system: You are a helpful assistant.
user:
Analyze the provided spectrum to determine if it is a **"Cataclysmic Variables (CV)"**.

- **Key Indicators for CV (Check for either state):**
    - **State 1: Quiescent / Low-State (Emission-Dominated)**
        - **(Primary):** Strong and *very broad* Hydrogen Balmer emission lines (e.g., $H\alpha$ at 6563 Å, $H\beta$ at 4861 Å). The 'broadness' (high velocity dispersion, often FWHM > 1000 km/s) is the key diagnostic, indicating a high-velocity accretion disk.
        - **(Secondary):** Broad neutral Helium (He I) emission lines (e.g., 5876 Å, 6678 Å).
        - **(Key Confirmation):** Presence of high-excitation *ionized* Helium (He II) emission at 4686 Å. This is a strong indicator of accretion onto a white dwarf.
        - **(Line Profile):** Emission lines may exhibit a 'double-peaked' profile, which is a classic signature of a rotating accretion disk viewed at high inclination.

    - **State 2: Outburst / High-State (Absorption-Dominated)**
        - **(Primary):** Spectrum is dominated by a bright, blue continuum (looks like a hot star).
        - **(Secondary):** The emission lines from State 1 are weak, absent, or 'filled in', and are replaced by broad, shallow *absorption* lines (primarily Balmer and He I).
        - **(Morphology):** The overall spectrum mimics a hot B/A-type star. The crucial difference is that the absorption lines are significantly broader, shallower, and more 'washed-out' (or 'smeared') than the sharp lines of a normal stellar photosphere, due to high rotational speeds and pressure broadening in the disk.

Think first, call **spectral_visualization_tool** if needed to examine features in detail, then provide your final answer. Your response must adhere to the following strict rules:
1.  **Overall Structure:** Your response must follow the format `<think>...</think> <tool_call>...</tool_call> (if a tool is used) <answer>...</answer>`.
2.  **Tool Usage Constraint:** You may only make **one** tool call per turn.
3.  **Final Answer Format:** In the `<answer>` tag, your conclusion must be inside a `\boxed{}` command (e.g., `\boxed{YES}`), followed by your justification.

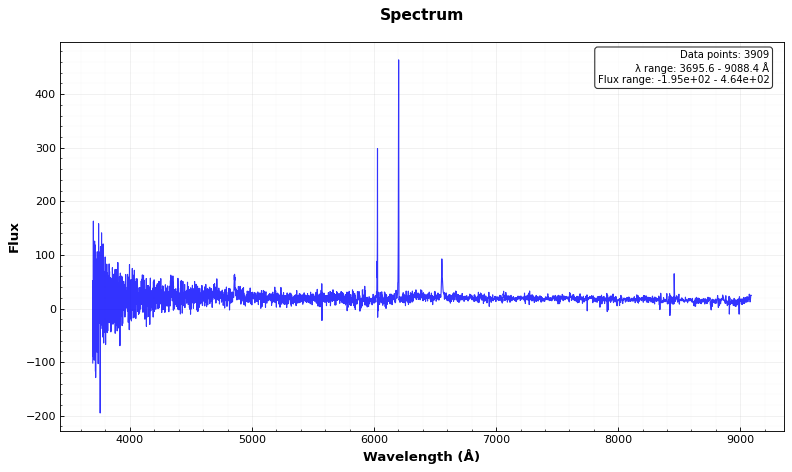
Answer: YES